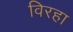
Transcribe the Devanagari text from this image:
विरहा